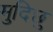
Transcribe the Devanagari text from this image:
मुदिछु